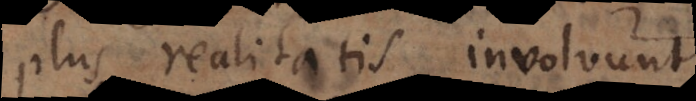
plus realitatis involvunt.